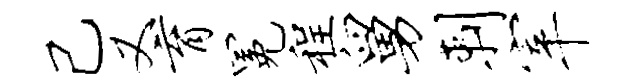
己又育冕程舅剌宰